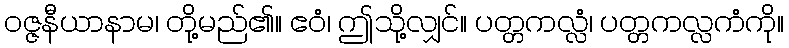
ဝဇ္ဇနီယာနာမ၊ တို့မည်၏။ ဧဝံ၊ ဤသို့လျှင်။ ပတ္တကလ္လံ၊ ပတ္တကလ္လကံကို။